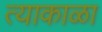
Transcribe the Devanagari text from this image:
त्याकाळा